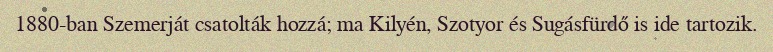
1880-ban Szemerját csatolták hozzá; ma Kilyén, Szotyor és Sugásfürdő is ide tartozik.